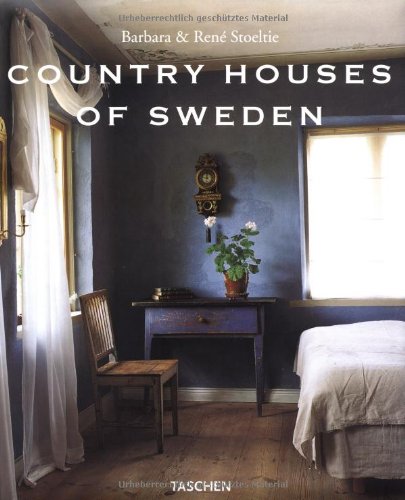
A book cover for Country Houses of Sweden; Barbara Stoeltie; Travel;